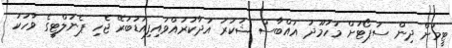
ޓީމަށް ދިން ސަޕޯޓަށް މަހުމޫދު އައްބާސް ޝުކުރު އަދާކުރައްވައިފިއަޑުބަރޭ ޖެހި ޕެނަލްޓީގެ ވާހަކަ